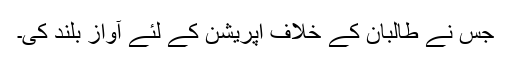
جس نے طالبان کے خلاف اپریشن کے لئے آواز بلند کی۔